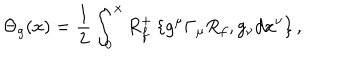
\Theta _ { g } ( x ) = \frac { 1 } { 2 } \int _ { 0 } ^ { x } R _ { f } ^ { + } \left\{ g ^ { \mu } \Gamma _ { \mu } R _ { f } , g _ { \nu } d x ^ { \nu } \right\} ,